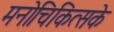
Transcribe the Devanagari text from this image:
मनोचिकित्सके